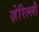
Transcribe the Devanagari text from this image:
ज़ेरिल्ली